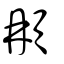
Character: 𩑺